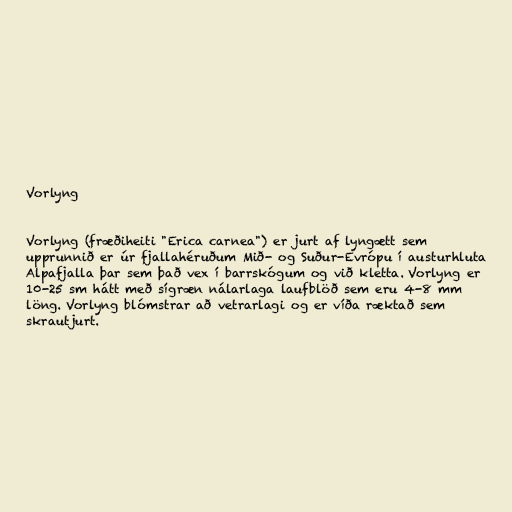
Vorlyng

Vorlyng (fræðiheiti "Erica carnea") er jurt af lyngætt sem
upprunnið er úr fjallahéruðum Mið- og Suður-Evrópu í austurhluta
Alpafjalla þar sem það vex í barrskógum og við kletta. Vorlyng er
10-25 sm hátt með sígræn nálarlaga laufblöð sem eru 4-8 mm
löng. Vorlyng blómstrar að vetrarlagi og er víða ræktað sem
skrautjurt.